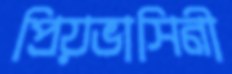
প্রিয়ভাসিনী